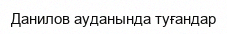
Данилов ауданында туғандар